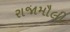
રાજામૌલી